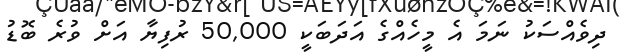
ދިވެއްސަކު ނަމަ އެ މީހެއްގެ އަދަބަކީ 50